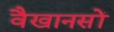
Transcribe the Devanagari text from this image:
वैखानसों